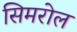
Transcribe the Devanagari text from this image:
सिमरोल